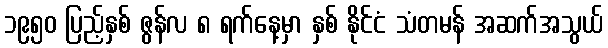
၁၉၅၀ ပြည့်နှစ် ဇွန်လ ၈ ရက်နေ့မှာ နှစ် နိုင်ငံ သံတမန် အဆက်အသွယ်